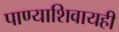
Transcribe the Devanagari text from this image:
पाण्याशिवायही